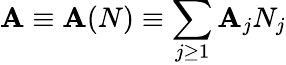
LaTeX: \mathbf{A}\equiv\mathbf{A}(N)\equiv\sum_{j\geq1}\mathbf{A}_{j}N_{j}